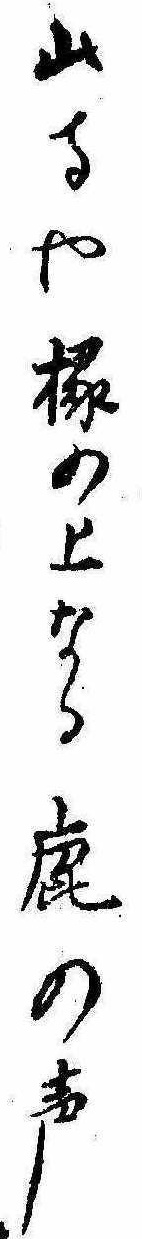
山寺や椽の上なる鹿の声